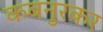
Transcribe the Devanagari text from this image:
कबनुरकर